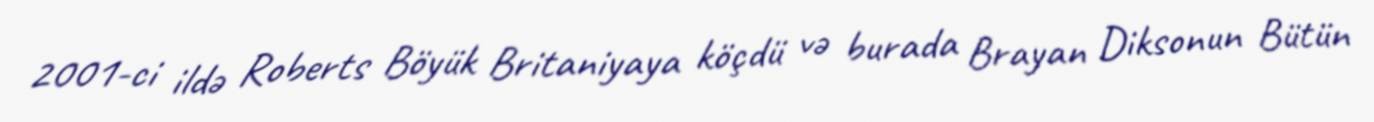
2001-ci ildə Roberts Böyük Britaniyaya köçdü və burada Brayan Diksonun Bütün